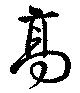
高